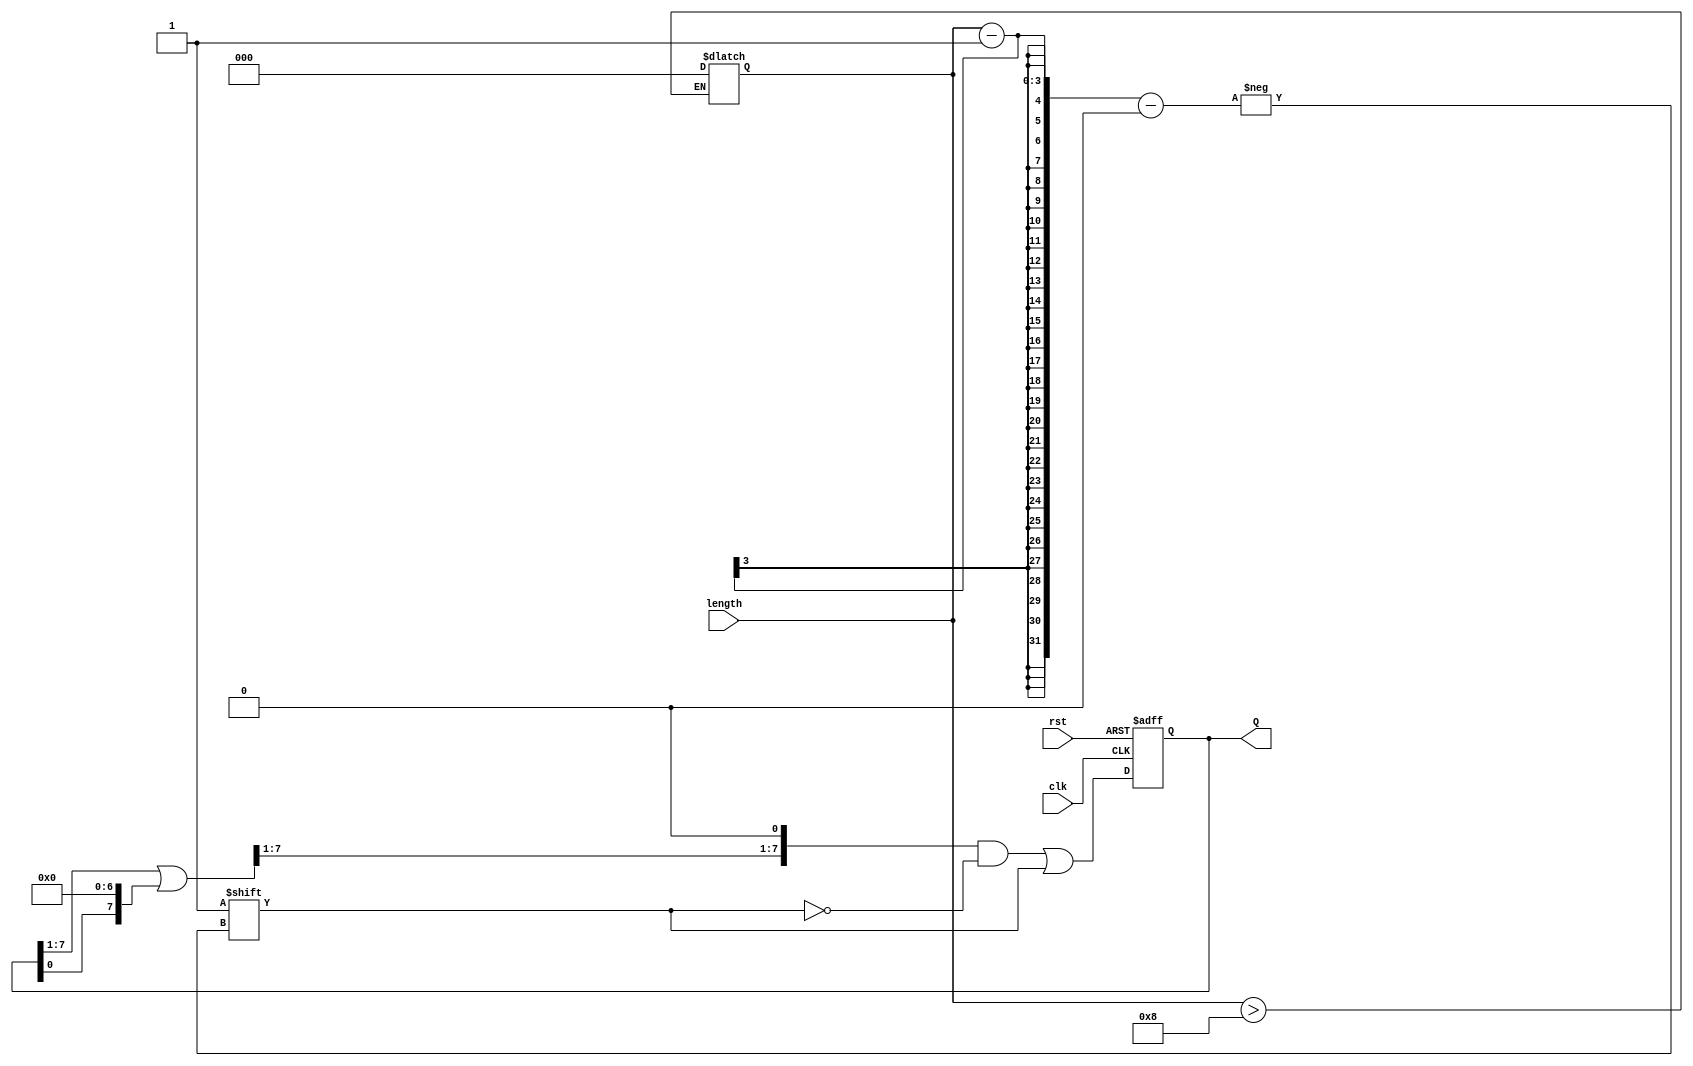
module variable_length_ring_counter #(
    parameter TOTAL_FLIP_FLOPS = 8 // Define the total number of flip-flops
)(
    input wire clk,               // Clock input
    input wire rst,               // Asynchronous reset input
    input wire [$clog2(TOTAL_FLIP_FLOPS)-1:0] length, // Variable length input
    output reg [TOTAL_FLIP_FLOPS-1:0] Q // Counter outputs (flip-flops)
);

    // Internal variable for the next state
    reg [TOTAL_FLIP_FLOPS-1:0] next_state;

    always @(posedge clk or posedge rst) begin
        if (rst) begin
            // Reset condition
            Q <= 1'b1; // Start with the first flip-flop high
        end else begin
            // Shift logic
            // Reset all states
            next_state = Q;
            // Clear current state
            next_state = (next_state >> 1) | (next_state << (TOTAL_FLIP_FLOPS - 1));
            next_state[0] = 1'b0; // Clear currently active state
            next_state[length - 1] = 1'b1; // Set the last active state
            Q <= next_state; // Update Q
        end
    end

    // Initial state
    always @(*) begin
        if (length > TOTAL_FLIP_FLOPS) begin
            // If the length is greater than total flip-flops, set it to the maximum
            length = TOTAL_FLIP_FLOPS;
        end
    end

endmodule